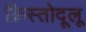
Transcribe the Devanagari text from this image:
क्रिस्तोदूलू